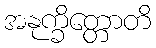
အနုက္ခိတ္တောတိ